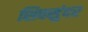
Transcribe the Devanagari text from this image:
शिवसुंदर